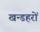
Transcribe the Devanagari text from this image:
खन्डहरों